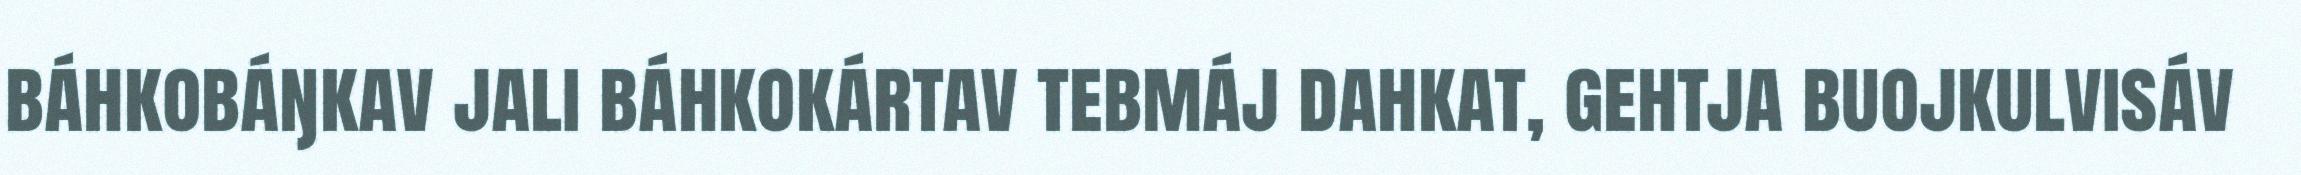
báhkobáŋkav jali báhkokártav tebmáj dahkat, gehtja buojkulvisáv